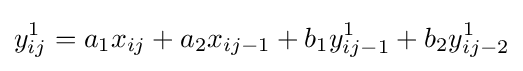
y_{ij}^{1}=a_{1}x_{ij}+a_{2}x_{ij-1}+b_{1}y_{ij-1}^{1}+b_{2}y_{ij-2}^{1}